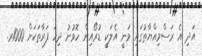
އަދި އެ ރަސްމިއްޔާތުގައި ވަނީ އެލަކީ ޑުރޯއިން ހޮވުނު ދިހަ ފަރާތަކަށް 1000ރ.